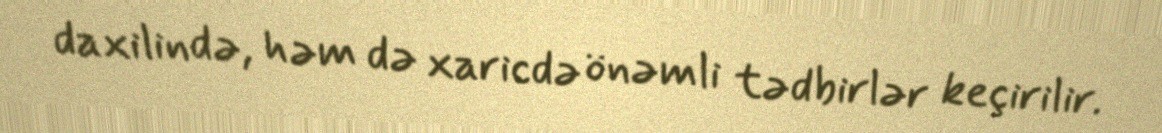
daxilində, həm də xaricdə önəmli tədbirlər keçirilir.